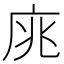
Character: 庣